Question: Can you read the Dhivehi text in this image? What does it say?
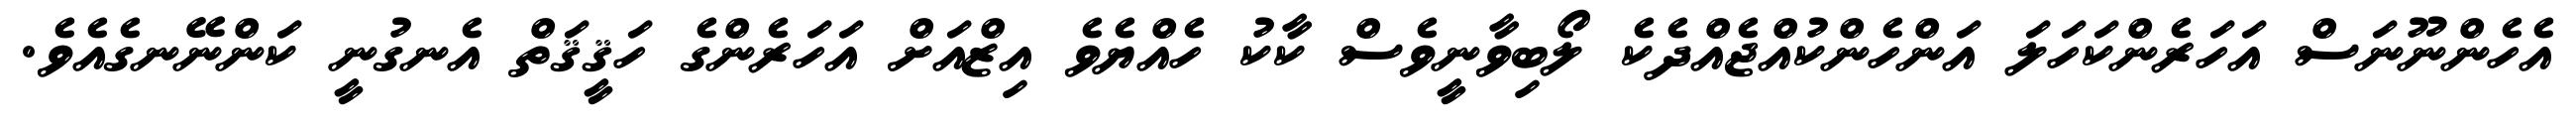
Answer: އެހެންނޫނަސް އަހަރެންކަހަލަ އަންހެންކުއްޖެއްދެކެ ލޯބިވާނީވެސް ކާކު ހެއްޔެވެ އިޒްއަށް އަހަރެންގެ ހަޤީޤަތް އެނގުނީ ކަންނޭނގެއެވެ.